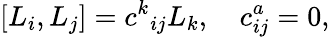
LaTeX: [L_{i},L_{j}]=c^{k}{}_{ij}L_{k},\quad c_{ij}^{a}=0,